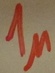
Text: 1µ